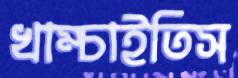
খাম্‌চাইতিস